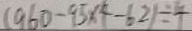
( 9 6 0 - 9 5 \times 4 - 6 2 ) \div 4